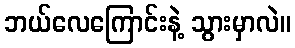
ဘယ်လေကြောင်းနဲ့ သွားမှာလဲ။